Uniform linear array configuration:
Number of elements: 4
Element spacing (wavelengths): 0.25
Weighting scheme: hann
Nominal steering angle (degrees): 15
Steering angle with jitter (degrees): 13.902
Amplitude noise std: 0.05
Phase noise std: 0.05

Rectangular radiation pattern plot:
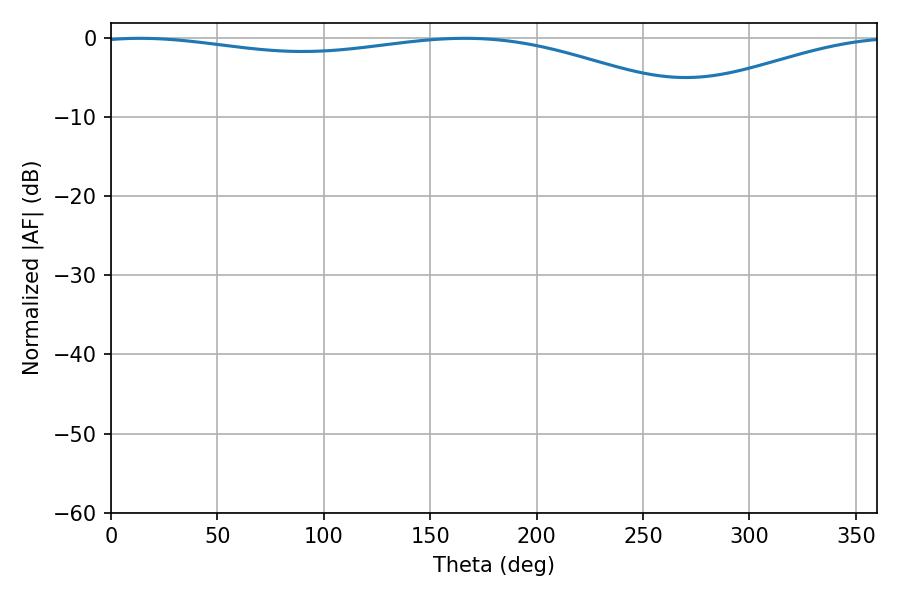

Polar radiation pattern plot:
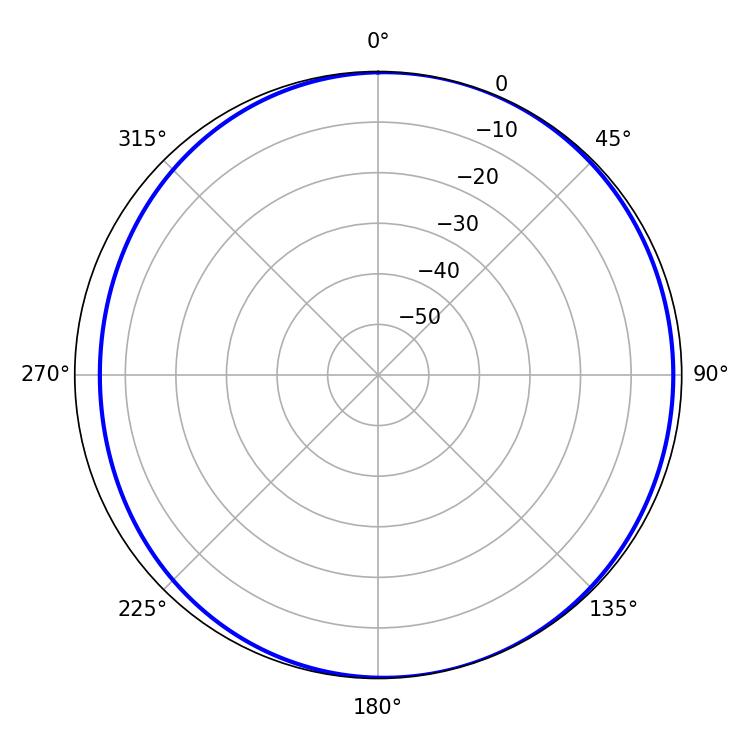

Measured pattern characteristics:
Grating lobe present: FALSE
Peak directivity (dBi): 4.914
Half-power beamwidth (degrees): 229.68
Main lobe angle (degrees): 13.68